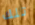
تلك